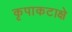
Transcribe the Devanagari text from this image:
कृपाकटाक्षे